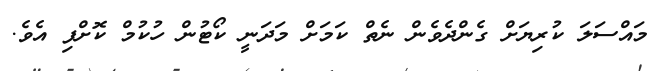
މައްސަލަ ކުރިޔަށް ގެންދެވެން ނެތް ކަމަށް މަދަނީ ކޯޓުން ހުކުމް ކޮށްފި އެވެ.